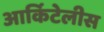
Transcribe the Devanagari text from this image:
आर्किटेलीस